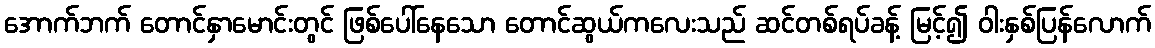
အောက်ဘက် တောင်နှာမောင်းတွင် ဖြစ်ပေါ်နေသော တောင်ဆွယ်ကလေးသည် ဆင်တစ်ရပ်ခန့် မြင့်၍ ဝါးနှစ်ပြန်လောက်